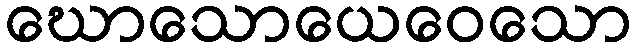
ဃောသောယေဝေသော